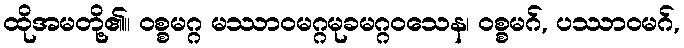
ထိုအမတို့၏။ ဝစ္စမဂ္ဂ မဿာဝမဂ္ဂမုခမဂ္ဂဝသေန၊ ဝစ္စမဂ်, ပဿာဝမဂ်,